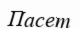
Пасет